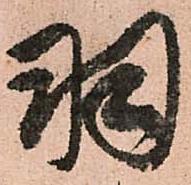
羽